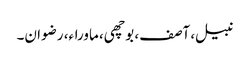
نبیل، آصف، بوچھی، ماوراء، رضوان۔